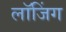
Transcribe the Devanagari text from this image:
लाॅजिंग